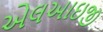
એલઆઇજી